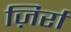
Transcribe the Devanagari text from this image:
ज़िर्रा